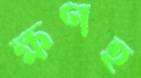
ক্ষণহ